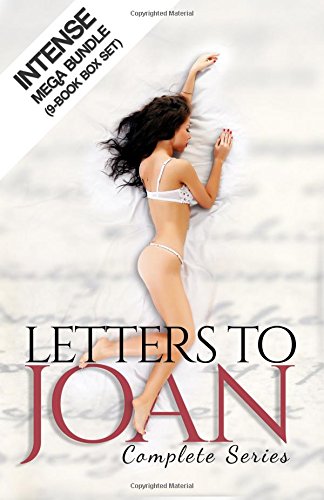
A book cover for Letters to Joan: Complete Series; 4Fun Publishing; Romance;